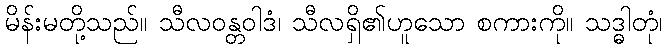
မိန်းမတို့သည်။ သီလဝန္တဝါဒံ၊ သီလရှိ၏ဟူသော စကားကို။ သဒ္ဓါတုံ၊